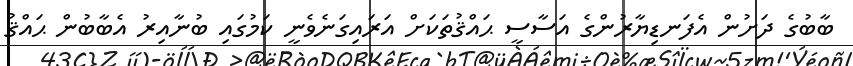
ބާބުގެ ދަށުން އެފަނޑިޔާރުންގެ އަސާސީ ޙައްޤުތަކަށް އަރައިގަނެވެނީ ކަމުގައި ބުނާއިރު އެބާބުން ޙައްޤު